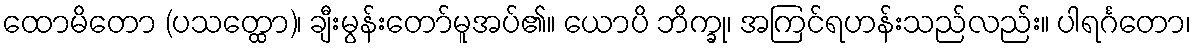
ထောမိတော (ပသတ္ထော)၊ ချီးမွန်းတော်မူအပ်၏။ ယောပိ ဘိက္ခု၊ အကြင်ရဟန်းသည်လည်း။ ပါရင်္ဂတော၊